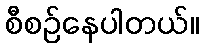
စီစဉ်နေပါတယ်။